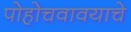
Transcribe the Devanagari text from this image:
पोहोचवावयाचे